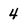
Character: 4